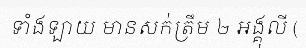
ទាំងឡាយ មានសក់ត្រឹម ២ អង្គុលី (